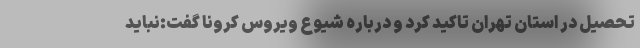
تحصیل در استان تهران تاکید کرد و درباره شیوع ویروس کرونا گفت:نباید